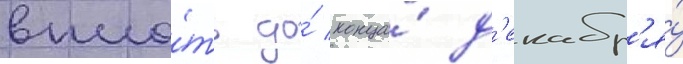
впло́ть до́ конца́ д'екабр'я́